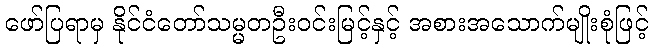
ဖော်ပြရာမှ နိုင်ငံတော်သမ္မတဦးဝင်းမြင့်နှင့် အစားအသောက်မျိုးစုံဖြင့်